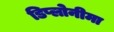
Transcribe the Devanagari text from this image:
डिप्लोनीमा